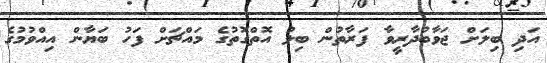
އަދި ބިލަށް ޖަވާބުދާރީވާ ފަރާތުން ބިލު އޮތްގޮތުގެ މައްޗަށް ފަހު ބަޔާން އިއްވުމުގެ